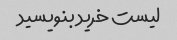
لیست خرید بنویسید